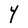
Character: Y